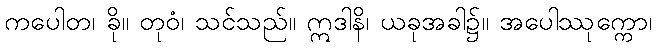
ကပေါတ၊ ခို။ တုဝံ၊ သင်သည်။ ဣဒါနိ၊ ယခုအခါ၌။ အပေါဿုက္ကော၊